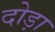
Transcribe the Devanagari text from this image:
दोड़ा